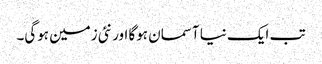
تب ایک نیا آسمان ہوگا اور نئی زمین ہوگی۔